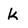
Character: k